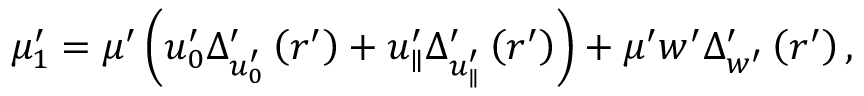
\mu _ { 1 } ^ { \prime } = \mu ^ { \prime } \left( u _ { 0 } ^ { \prime } \Delta _ { u _ { 0 } ^ { \prime } } ^ { \prime } \left( r ^ { \prime } \right) + u _ { \parallel } ^ { \prime } \Delta _ { u _ { \parallel } ^ { \prime } } ^ { \prime } \left( r ^ { \prime } \right) \right) + \mu ^ { \prime } w ^ { \prime } \Delta _ { w ^ { \prime } } ^ { \prime } \left( r ^ { \prime } \right) ,